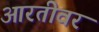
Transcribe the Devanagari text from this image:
आरतीवर